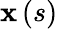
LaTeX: \mathbf{x}\left(s\right)